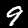
Label: 9